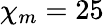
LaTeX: \chi_{m}=25